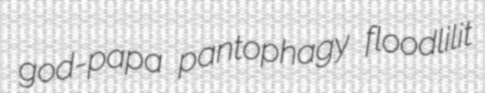
god-papa pantophagy floodlilit